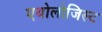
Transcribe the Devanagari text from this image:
एथोलोजिस्ट